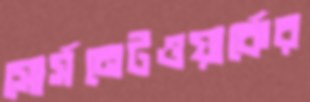
সোর্সনেটওয়ার্কের